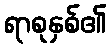
ရာစုနှစ်၏